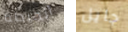
الحيطة جايل